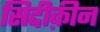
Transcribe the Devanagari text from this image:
सिद्दीक़ीन